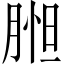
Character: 𦝇